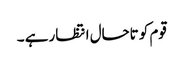
قوم کو تاحال انتظار ہے ۔